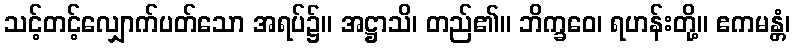
သင့်တင့်လျှောက်ပတ်သော အရပ်၌။ အဋ္ဌာသိ၊ တည်၏။ ဘိက္ခဝေ၊ ရဟန်းတို့။ ဧကမန္တံ၊